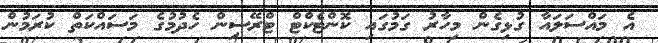
އެ މައްސަލައާ ގުޅިގެން މިހާރު ގަމުގައި ކޮންޓެކްޓް ޓްރޭސިން ހެދުމުގެ މަސައްކަތް ކުރަމުން